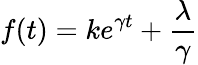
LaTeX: f(t)=ke^{\gamma t}+\frac{\lambda}{\gamma}